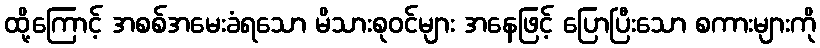
ထို့ကြောင့် အစစ်အမေးခံရသော မိသားစုဝင်များ အနေဖြင့် ပြောပြီးသော စကားများကို